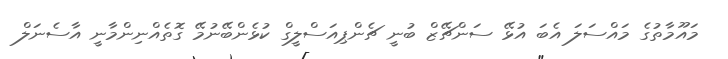
މައޫމާތުގެ މައްސަލަ އެބަ އުޅޭ ސަންޗޭޒް ބުނީ ޗެންޕިއަސްލީގް ކުޅެންބޭނުމޭ ގޮތެއްނިންމާނީ އާސެނަލް